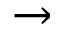
\rightarrow